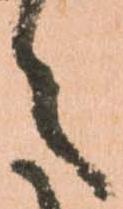
之